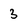
Character: 3